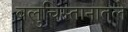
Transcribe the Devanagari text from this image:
बलुचिस्तानातले